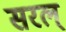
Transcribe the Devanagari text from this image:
सरल्